Lunatic asylums United Prov. 1922-30 - 1922-1930
Year: 1922
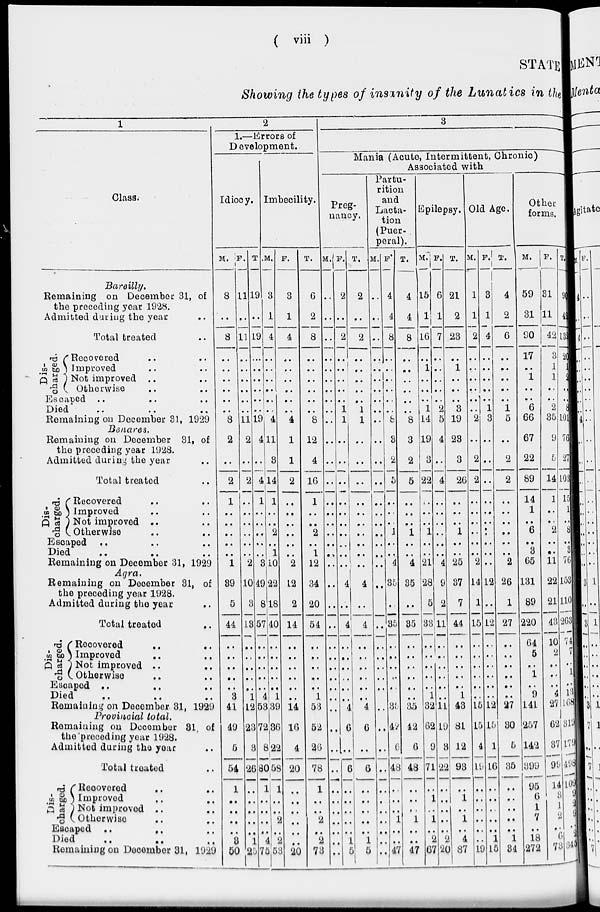
( viii )
STATE
Showing the types of insanity of the Lunatics in the
1
Class.
Bareilly.
Remaining on December 31, of
the preceding year 1928.
Admitted daring the year ..
Total treated
Dis-
charged.
Recovered .. ..
Improved .. ..
Not improved .. ..
Otherwise .. ..
Escaped .. .. ..
Died .. .. ..
Remaining on December 31, 1929
Benares.
Remaining on December 31, of
the preceding year 1928.
Admitted during the year ..
Total treated ..
Dis-
charged.
Recovered .. ..
Improved .. ..
Not improved .. ..
Otherwise .. ..
Escaped
.. .. ..
Died .. .. ..
Remaining on December 31, 1929
Agra.
Remaining on December 31, of
the preceding year 1928.
Admitted during the year
..
Total treated ..
Dis-
charged.
Recovered
..
..
Improved .. ..
Not improved .. ..
Otherwise .. ..
Escaped .. .. ..
Died .. ..
Remaining on December 31, 1929
Provincial
total.
Remaining on December 31, of
the preceding year 1928.
Admitted during the year
Total treated
Dis-
charged.
Recovered .. ..
Improved .. ..
Not improved
..
..
Otherwise .. ..
Escaped
..
..
..
Died .. .. ..
Remaining on December 31, 1929
2
1.—Errors of
Development.
Idiocy.
M.
8
..
8
..
..
..
..
..
..
8
2
..
2
1
..
..
..
..
..
1
39
5
44
..
..
..
..
..
3
41
49
5
54
1
..
..
..
..
3
50
F.
11
..
11
..
..
..
..
..
..
11
2
..
2
..
..
..
..
..
..
2
10
3
13
..
..
..
..
..
1
12
23
3
26
..
..
..
..
..
1
25
T.
19
..
19
..
..
..
..
..
..
19
4
..
4
1
..
..
..
..
..
3
49
8
57
..
..
..
..
..
4
53
72
8
80
1
..
..
..
..
4
75
Imbecility.
M.
3
1
4
..
..
..
..
..
..
4
11
3
14
1
..
..
2
..
1
10
22
18
40
..
..
..
..
..
1
39
36
22
58
1
..
..
2
..
2
53
F.
3
1
4
..
..
..
..
..
..
4
1
1
2
..
..
..
..
..
..
2
12
2
14
..
..
..
..
..
..
14
16
4
20
..
..
..
..
..
..
20
T.
6
2
8
..
..
..
..
..
..
8
12
4
16
1
..
..
2
..
1
12
34
20
54
..
..
..
..
..
1
53
52
26
78
1
....
..
2
..
2
73
3
Mania (Acute, Intermittent, Chronic)
Associated with
Preg-
nancy.
M.
..
..
..
..
..
..
..
..
..
..
..
..
..
..
..
..
..
..
..
..
..
..
..
..
..
..
..
..
..
..
..
..
..
..
..
..
..
..
..
..
F.
2
..
2
..
..
..
..
..
1
1
..
..
..
..
..
..
..
..
..
..
4
..
4
..
..
..
..
..
..
4
6
..
6
..
..
..
..
..
1
5
T.
2
..
2
..
..
..
..
..
1
1
..
..
..
..
..
..
..
..
..
..
I
4
..
4
..
..
..
..
..
..
4
6
..
6
..
..
....
..
..
1
5
Partu-
rition
and
Lacta-
tion
(Puer-
peral).
M.
..
..
..
..
..
..
..
..
..
..
..
..
..
..
..
..
..
..
..
..
..
..
..
..
..
..
..
..
..
..
..
..
..
..
..
..
..
..
..
..
F.
4
4
8
..
..
..
..
..
..
8
3
2
5
..
..
..
1
..
..
4
35
..
35
..
..
..
..
..
..
35
42
6
48
..
..
..
1
..
..
47
T.
4
4
8
..
..
..
..
..
..
8
3
2
5
..
..
..
1
..
..
4
35
..
35
..
..
..
..
..
..
35
42
6
48
..
..
..
1
..
..
47
Epilepsy.
M.
15
1
16
..
1
..
..
..
1
14
19
3
22
..
..
..
1
..
..
21
28
5
33
..
..
..
..
..
1
32
62
9
71
..
1
..
1
..
2
67
F.
6
1
7
..
..
..
..
..
2
5
4
..
4
..
..
..
..
..
..
4
9
2
11
..
..
..
..
..
..
11
19
3
22
..
..
..
..
..
2
20
T.
21
2
23
..
1
..
..
..
3
19
23
3
26
..
..
..
1
..
..
25
37
7
44
..
..
..
..
..
1
43
81
12
93
..
1
..
1
..
4
87
Old Age.
M.
1
1
2
..
..
..
..
..
..
2
..
2
2
..
..
..
..
..
..
2
14
1
15
..
..
..
..
..
..
15
15
4
19
..
..
..
..
..
..
19
F.
3
1
4
..
..
..
..
..
1
3
..
..
..
..
..
..
..
..
..
..
12
..
12
..
..
..
..
..
..
12
15
1
16
..
..
..
..
..
1
15
T.
4
2
6
..
..
..
..
..
1
5
..
2
2
..
..
..
..
..
..
2
26
1
27
..
..
..
..
..
..
27
30
5
35
..
..
..
..
..
1
34
Other
forms.
M.
59
31
90
17
..
1
..
..
6
66
67
22
89
14
1
..
6
..
3
65
131
89
220
64
5
..
1
..
9
141
257
142
399
95
6
1
7
..
18
272
F.
31
11
42
3
1
1
..
..
2
35
9
5
14
1
..
..
2
..
..
11
22
21
43
10
2
..
..
..
4
27
62
37
99
14
3
1
2
..
6
73
T
90
42
132
20
1
2
..
..
8
101
76
27
103
15
1
..
8
..
3
76
153
110
263
74
7
..
1
..
13
168
1 319
179
498
109
9
2
9
..
24
345